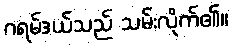
ဂရမ်ဒယ်သည် သမ်းလိုက်၏။